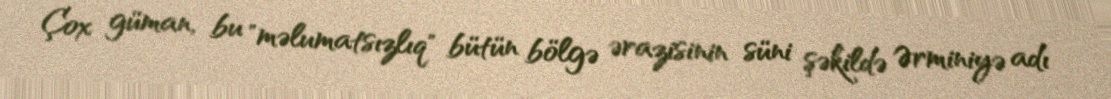
Çox güman, bu "məlumatsızlıq" bütün bölgə ərazisinin süni şəkildə Ərminiyə adı